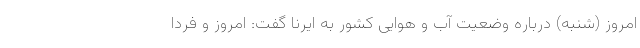
امروز (شنبه) درباره وضعیت آب و هوایی کشور به ایرنا گفت: امروز و فردا